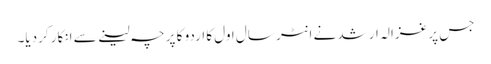
جس پر غزالہ ارشد نے انٹر سال اول کا اردو کا پرچہ لینے سے انکار کردیا۔